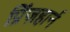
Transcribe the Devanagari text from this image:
प्रिंज़हार्न